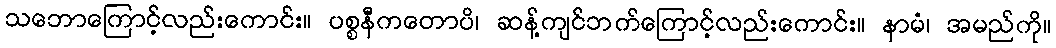
သဘောကြောင့်လည်းကောင်း။ ပစ္စနီကတောပိ၊ ဆန့်ကျင်ဘက်ကြောင့်လည်းကောင်း။ နာမံ၊ အမည်ကို။